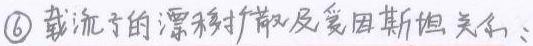
$\textcircled{6}$载流子的漂移扩散及爱因斯坦关系：